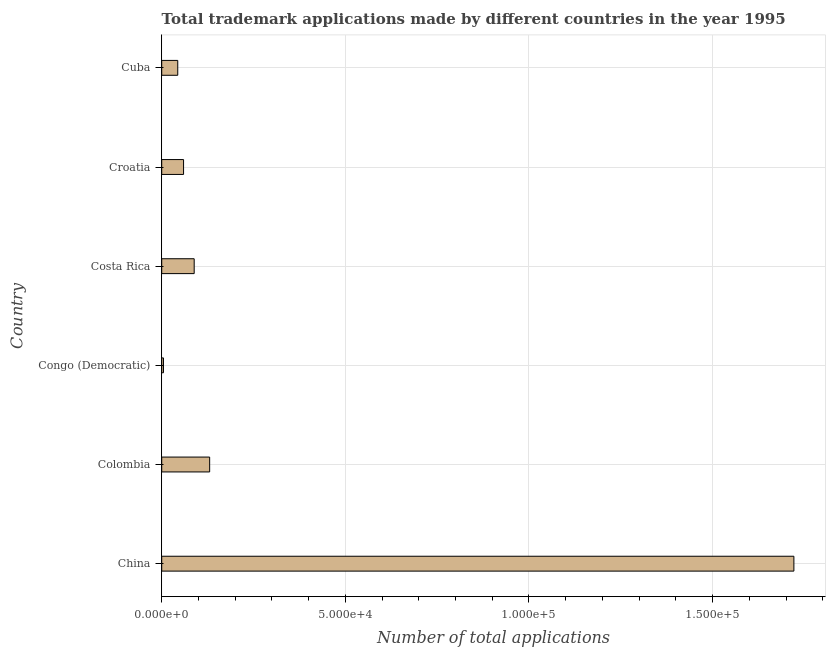
| Country | Trademark applications |
 | --- | --- |
 | China | 1.72e+05 |
 | Colombia | 1.31e+04 |
 | Congo (Democratic) | 478 |
 | Costa Rica | 8.84e+03 |
 | Croatia | 5.95e+03 |
 | Cuba | 4.37e+03 |